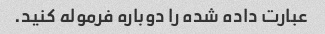
عبارت داده شده را دوباره فرموله کنید.